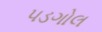
પડગોલ